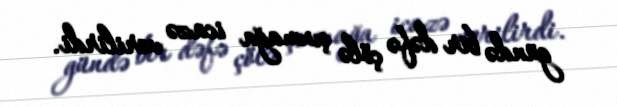
gündə bir dəfə çölə çıxmağa icazə verilirdi.